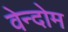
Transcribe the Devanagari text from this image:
वेन्दोम